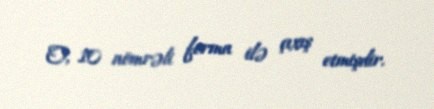
O, 10 nömrəli forma ilə çıxış etmişdir.